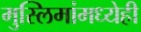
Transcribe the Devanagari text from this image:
मुस्लिमांमध्येही